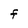
Character: F